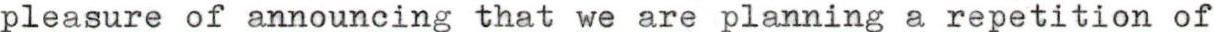
pleasure of announcing that we are planning a repetition of